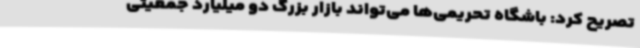
تصریح کرد: باشگاه تحریمی‌ها می‌تواند بازار بزرگ دو میلیارد جمعیتی